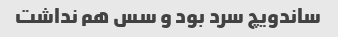
ساندویچ سرد بود و سس هم نداشت